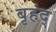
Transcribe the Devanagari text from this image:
बृहंद्